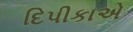
દિપીકાએ